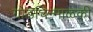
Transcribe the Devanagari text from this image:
गोडचिन्माळकी